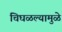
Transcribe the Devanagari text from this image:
चिघळल्यामुळे